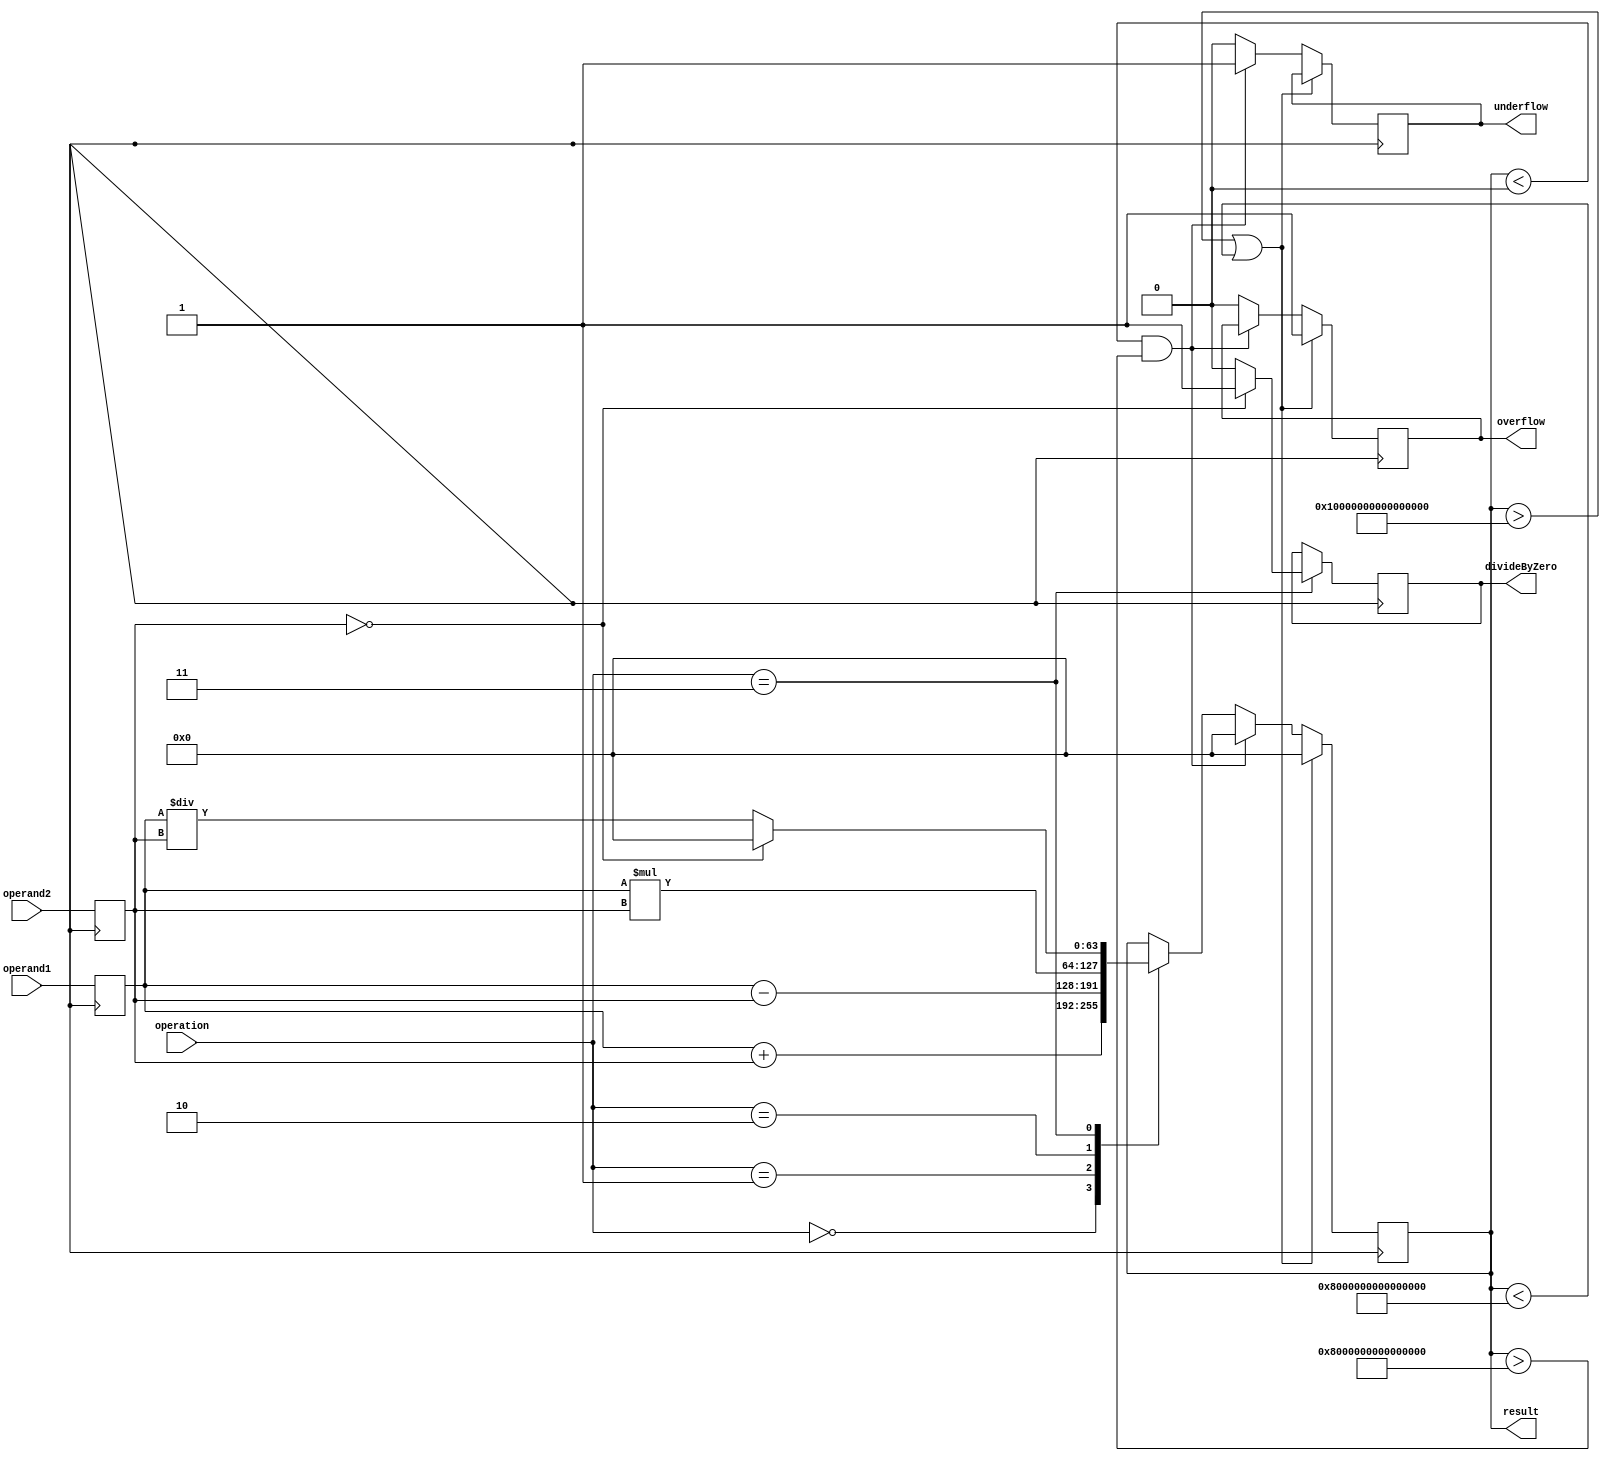
module DoublePrecisionFloatingPointUnit(
    input wire [63:0] operand1,
    input wire [63:0] operand2,
    input wire [2:0] operation, // 0: addition, 1: subtraction, 2: multiplication, 3: division
    output reg [63:0] result,
    output reg overflow,
    output reg underflow,
    output reg divideByZero
);

reg [63:0] operand1_reg;
reg [63:0] operand2_reg;

always @(posedge clk) begin
    operand1_reg <= operand1;
    operand2_reg <= operand2;

    case(operation)
        0: result <= operand1_reg + operand2_reg; // addition
        1: result <= operand1_reg - operand2_reg; // subtraction
        2: result <= operand1_reg * operand2_reg; // multiplication
        3: begin // division
            if(operand2_reg == 0) begin
                result <= 64'h0;
                divideByZero <= 1;
            end else begin
                result <= operand1_reg / operand2_reg;
                divideByZero <= 0;
            end
        end
    endcase

    if(result > 64'hFFFFFFFFFFFFFFFF || result < -64'h7FFFFFFFFFFFFFFF) begin
        result <= 64'h0;
        overflow <= 1;
    end else if(result < 64'h0000000000000000 && result > -64'h8000000000000000) begin
        result <= 64'h0;
        underflow <= 1;
    end else begin
        overflow <= 0;
        underflow <= 0;
    end

end

endmodule